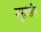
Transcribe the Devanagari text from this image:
सूरवंशीय